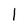
Character: 1